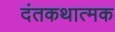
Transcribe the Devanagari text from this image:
दंतकथात्मक